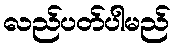
လည်ပတ်ပါမည်